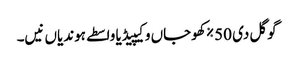
گوگل دی 50٪ کھوجاں وکیپیڈیا واسطے ہوندیاں نیں۔